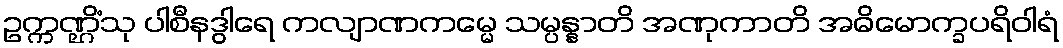
ဥက္ကဏ္ဌိံသု ပါစီနဒွါရေ ကလျာဏကမ္မေ သမ္ပန္နာတိ အဏုကာတိ အဓိမောက္ခပရိဝါရံ